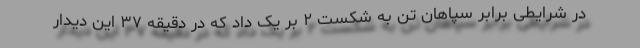
در شرایطی برابر سپاهان تن به شکست ۲ بر یک داد که در دقیقه ۳۷ این دیدار